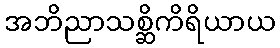
အဘိညာသစ္ဆိကိရိယာယ